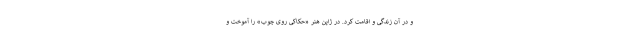
و در آن زندگی و اقامت کرد. در ژاپن هنر «حکاکی روی چوب» را آموخت و